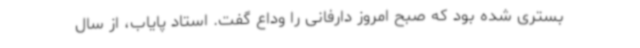
بستری شده بود که صبح امروز دارفانی را وداع گفت. استاد پایاب، از سال